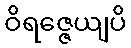
ဝိရဇ္ဇေယျပိ